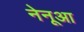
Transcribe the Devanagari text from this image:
नेनूआ